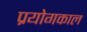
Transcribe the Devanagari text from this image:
प्रयोगकाल